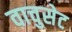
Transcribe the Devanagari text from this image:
वाचुसेट